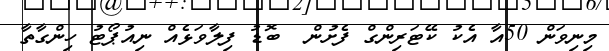
މިނިވަން 50އާ އެކު ކޭޓަރިންގް ފެށުން  ބޮޑު ފިލާވަޅެއް ނިއުޕޯޓު ހިންގާތާ